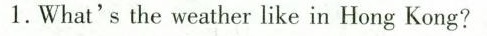
1.What's the weather like in Hong Kong?